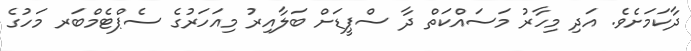
ދާކަމަށެވެ. އަދި މިހާރު މަަސައްކަތް ދާ ސްޕީޑަށް ބަލާއިރު މިއަހަރުގެ ސެޕްޓެމްބަރ މަހުގެ